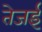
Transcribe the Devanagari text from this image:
तेजई